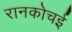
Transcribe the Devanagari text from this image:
रानकोचई